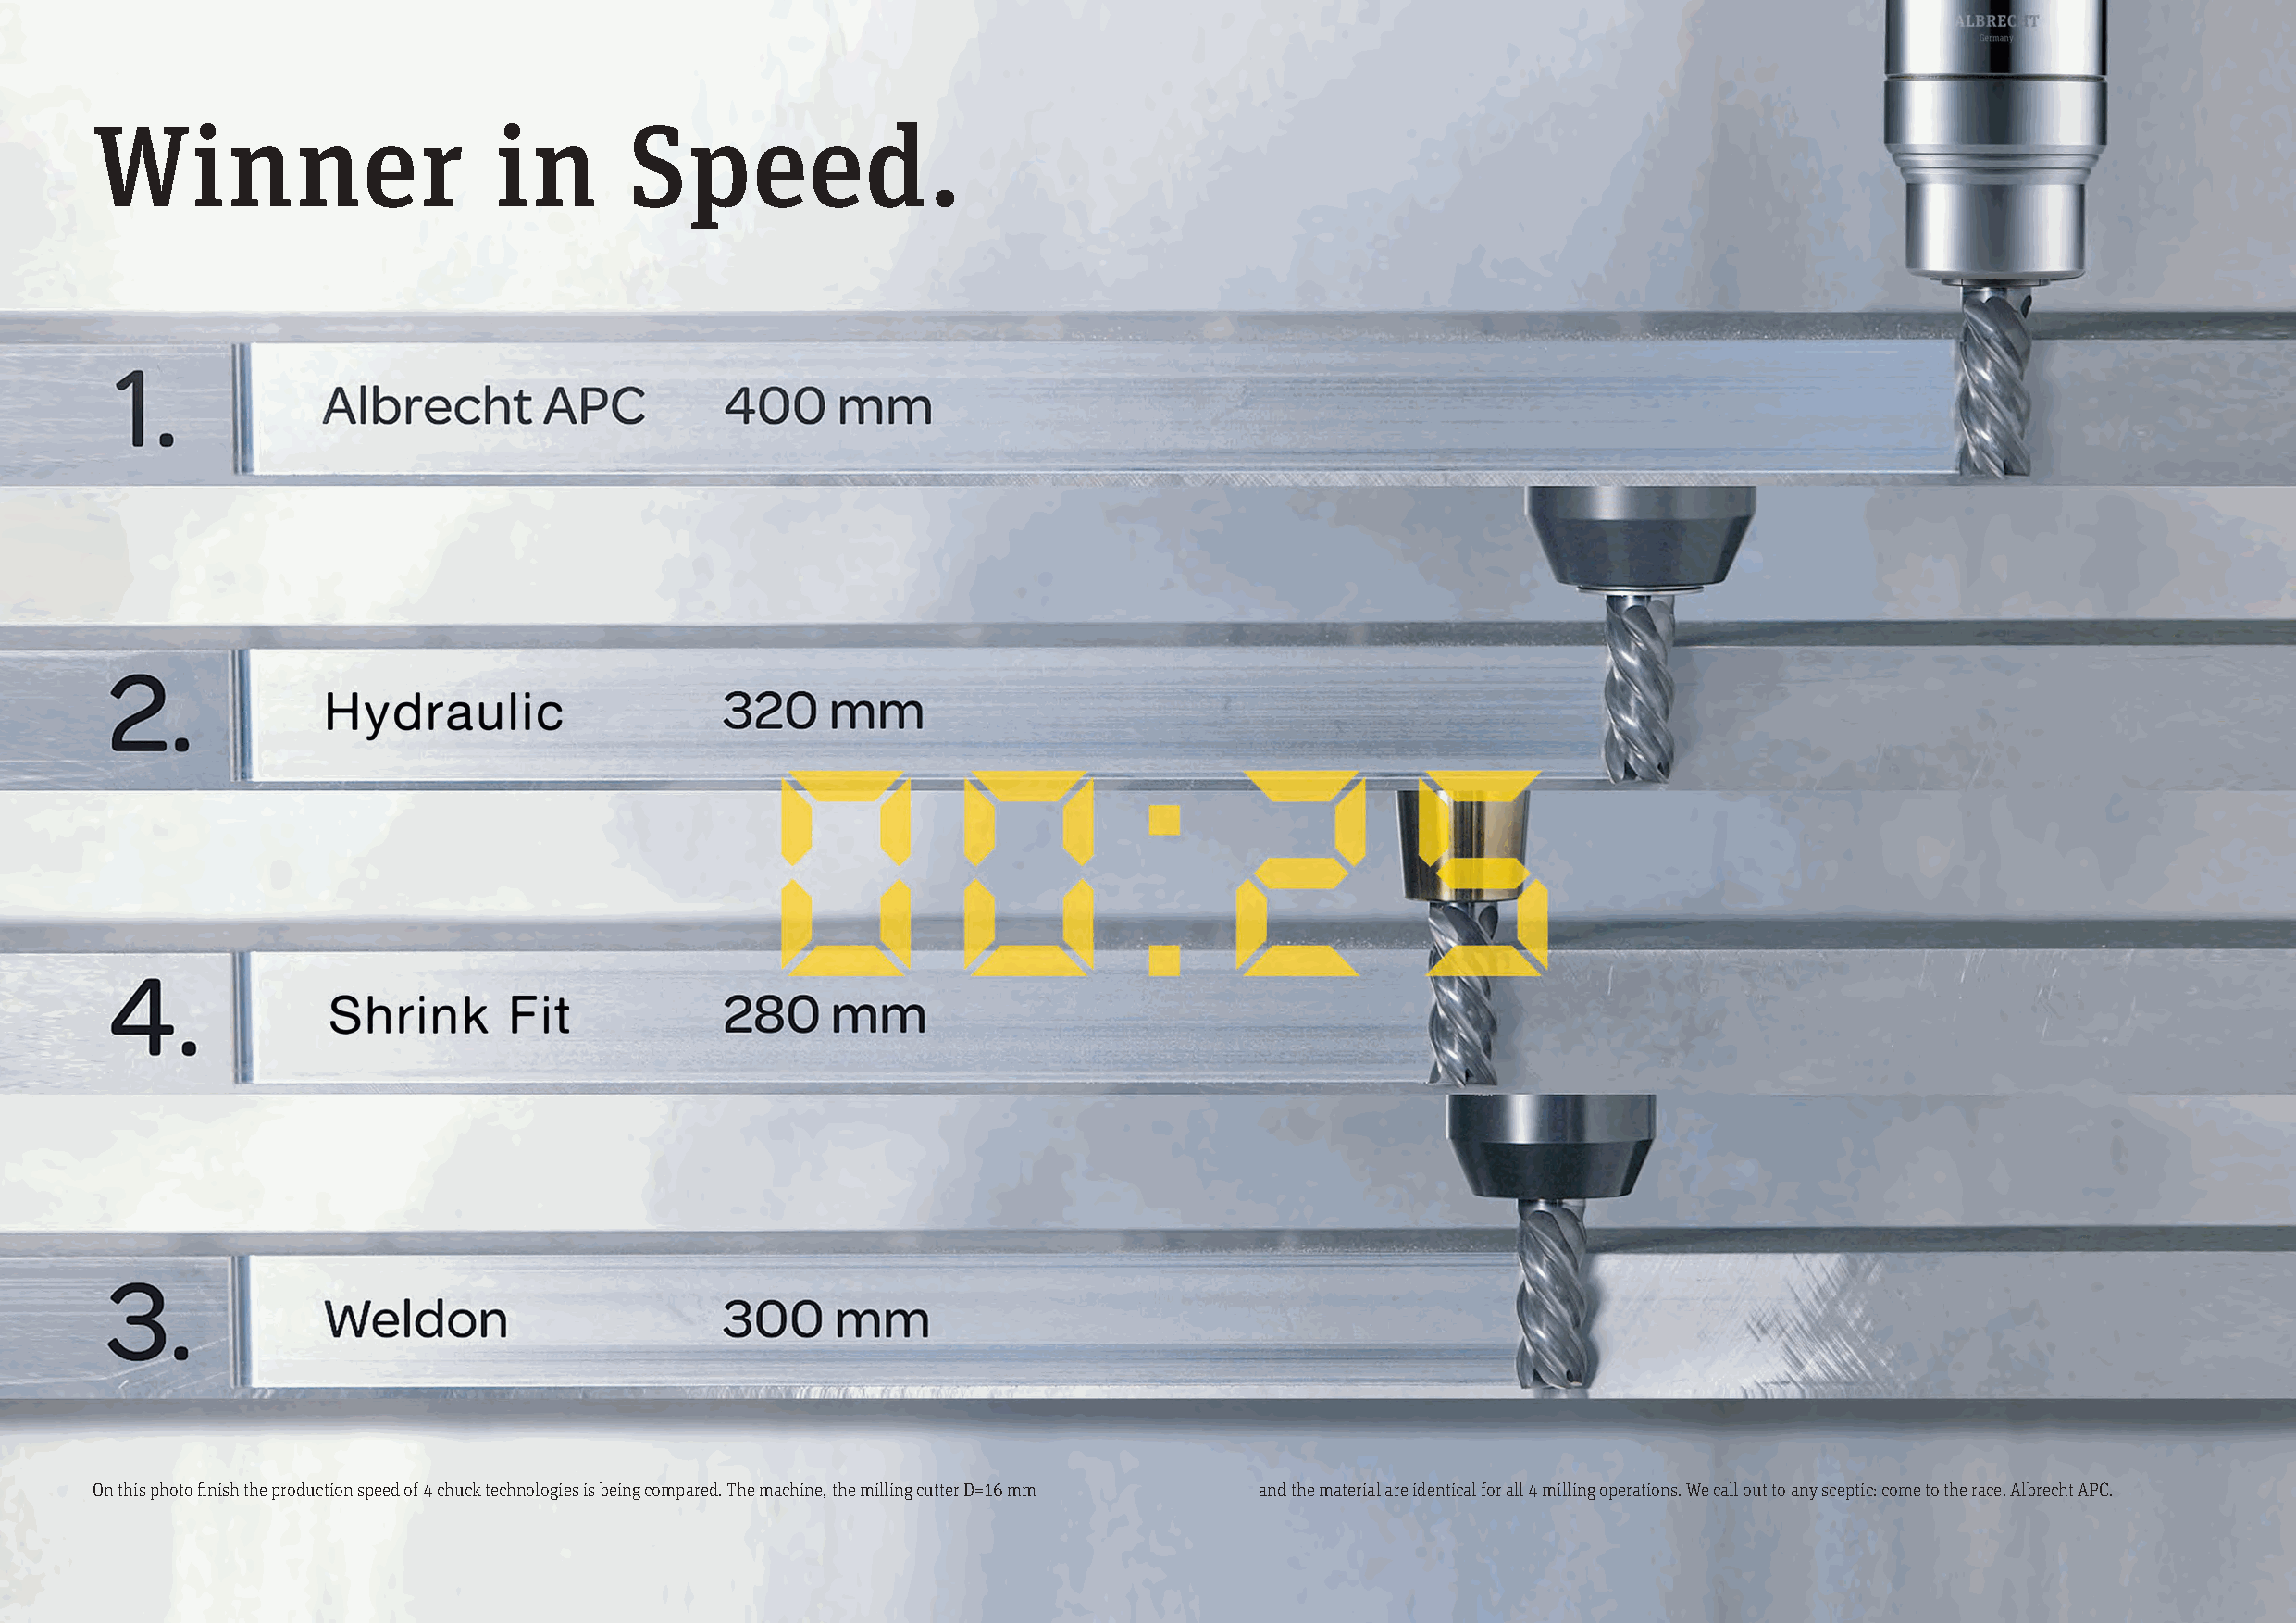
Winner                      in        Speed.
 On this photo finish the production speed of 4 chuck technologies is being compared. The machine, the milling cutter D=16 mm and the material are identical for all 4 milling operations. We call out to any sceptic: come to the race! Albrecht APC.
 12                                                                                                                                                   13